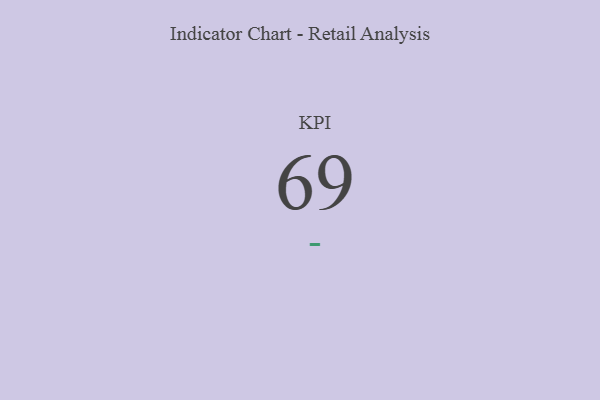
{"axis": {"x": "KPI", "y": "Value"}, "legend": [""], "data": [{"x": "KPI", "y": 69, "type": ""}]}